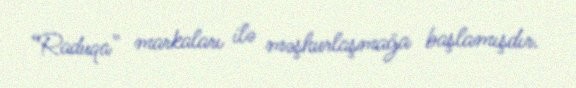
“Raduqa” markaları ilə məşhurlaşmağa başlamışdır.